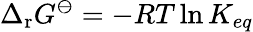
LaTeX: \Delta_{\mathrm{r}}G^{\ominus}=-RT\ln K_{eq}